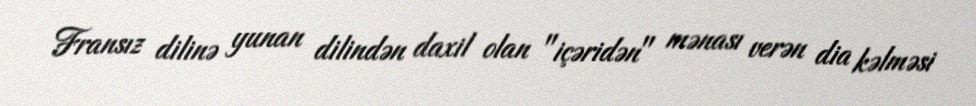
Fransız dilinə yunan dilindən daxil olan "içəridən" mənası verən dia kəlməsi